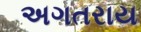
અગતરાય